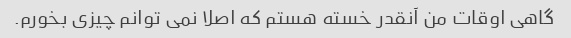
گاهی اوقات من آنقدر خسته هستم که اصلا نمی توانم چیزی بخورم.